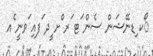
ޯކ ިޑނޭޝަން ސެން ަޓ ަރ ްށ ީދ ަފއި ަވނީ ެއ